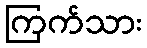
ကြက်သား